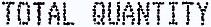
TOTAL QUANTITY